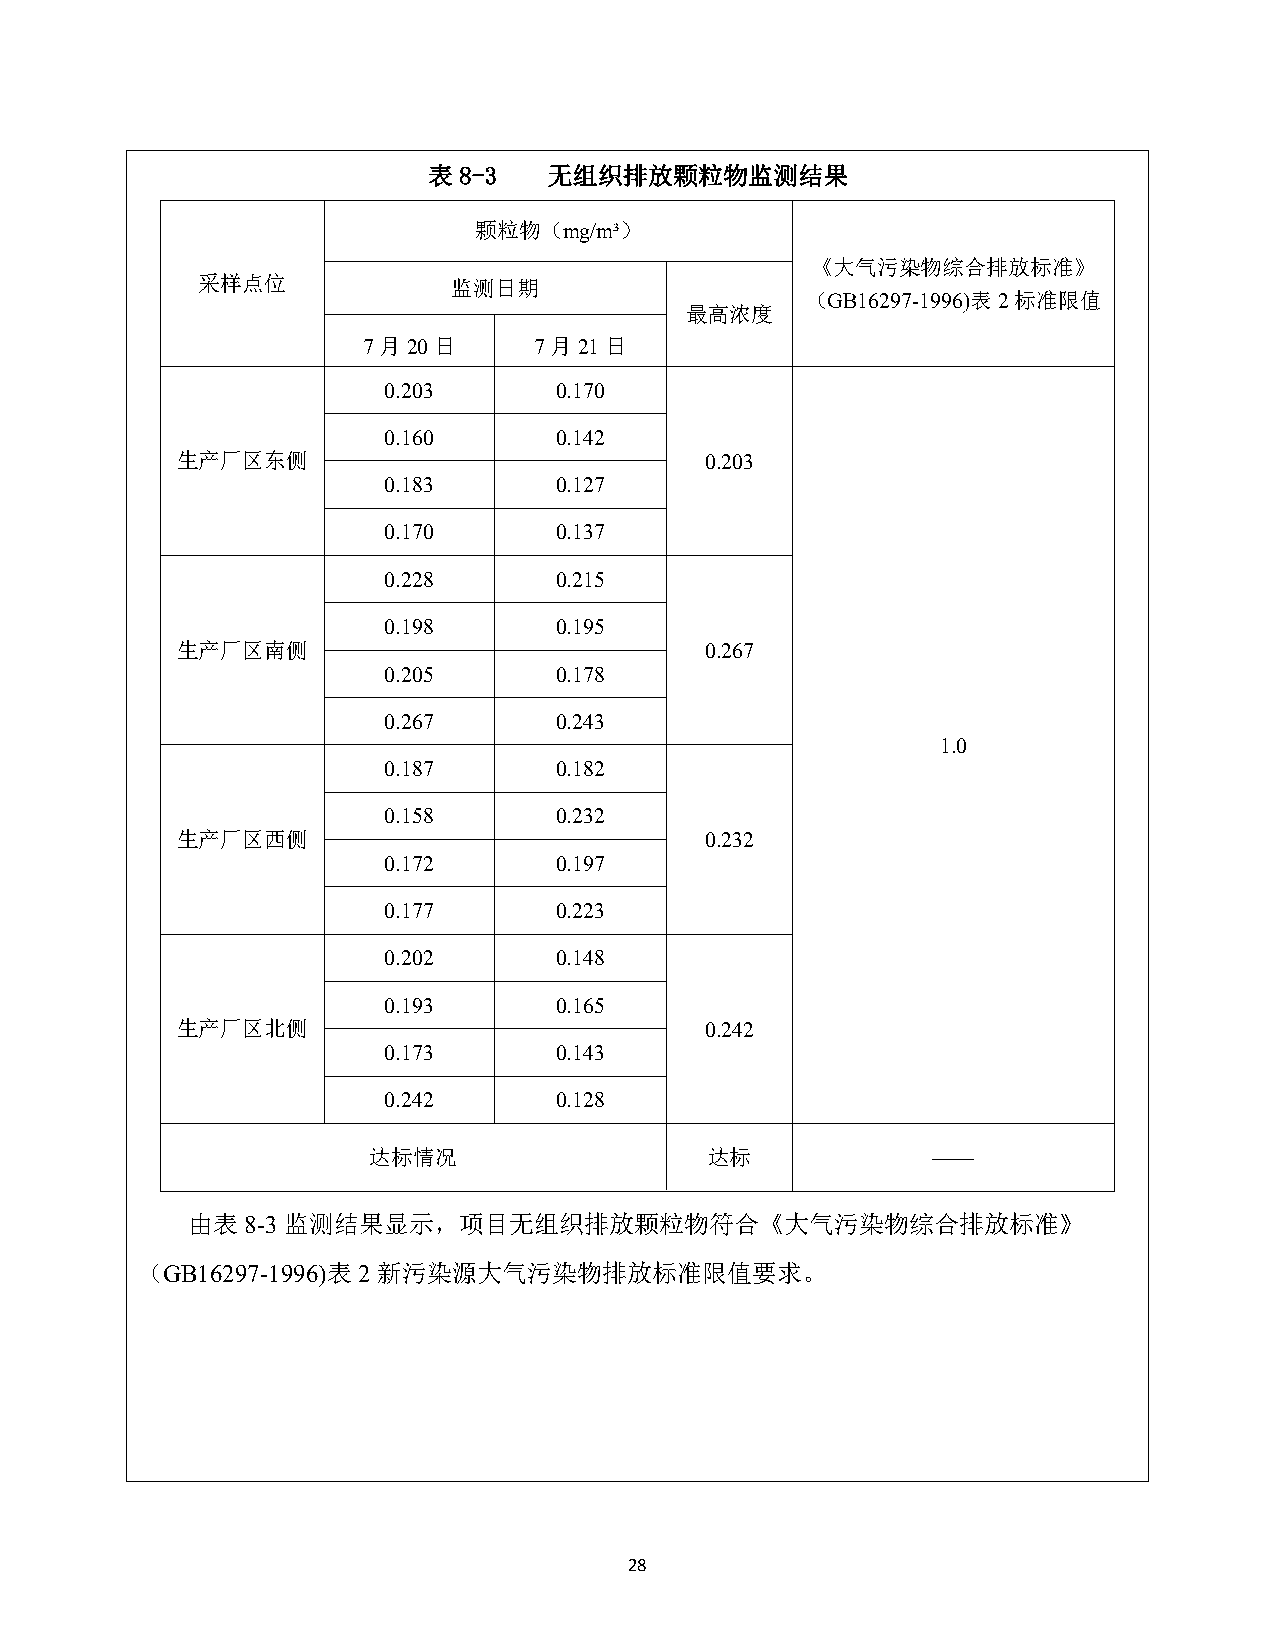
表8-3    无组织排放颗粒物监测结果
 颗粒物（mg/m³）
 《大气污染物综合排放标准》
 采样点位             监测日期
 （GB16297-1996)表2标准限值
 最高浓度
 7月20日      7月21日
 0.203       0.170
 0.160       0.142
 生产厂区东侧                             0.203
 0.183       0.127
 0.170       0.137
 0.228       0.215
 0.198       0.195
 生产厂区南侧                             0.267
 0.205       0.178
 0.267       0.243
 1.0
 0.187       0.182
 0.158       0.232
 生产厂区西侧                             0.232
 0.172       0.197
 0.177       0.223
 0.202       0.148
 0.193       0.165
 生产厂区北侧                             0.242
 0.173       0.143
 0.242       0.128
 达标情况                   达标             ——
 由表8-3监测结果显示，项目无组织排放颗粒物符合《大气污染物综合排放标准》
 （GB16297-1996)表2新污染源大气污染物排放标准限值要求。
 28